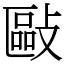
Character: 敺